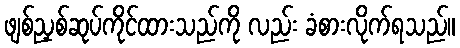
ဖျစ်ညှစ်ဆုပ်ကိုင်ထားသည်ကို လည်း ခံစားလိုက်ရသည်။